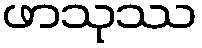
ဖာသုဿ